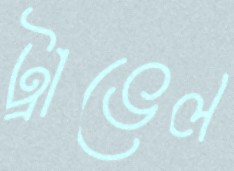
ট্রাভেল